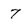
Character: 7